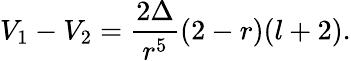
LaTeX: V_{1}-V_{2}=\frac{2\Delta}{r^{5}}(2-r)(l+2).